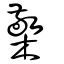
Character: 檠